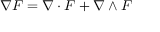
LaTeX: \nabla F = \nabla \cdot F + \nabla \wedge F